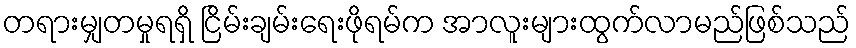
တရားမျှတမှုရရှိ ငြိမ်းချမ်းရေးဖိုရမ်က အာလူးများထွက်လာမည်ဖြစ်သည်